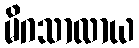
မိဂသာလာယ